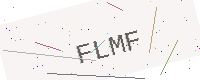
Text: FLMF